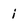
Character: i